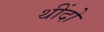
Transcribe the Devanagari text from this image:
थींदो